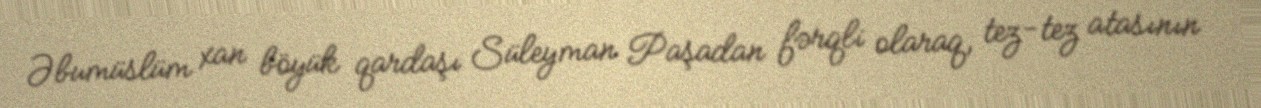
Əbumüslüm xan böyük qardaşı Süleyman Paşadan fərqli olaraq, tez-tez atasının